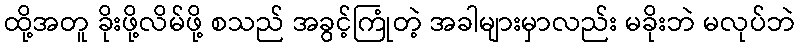
ထို့အတူ ခိုးဖို့လိမ်ဖို့ စသည် အခွင့်ကြုံတဲ့ အခါများမှာလည်း မခိုးဘဲ မလုပ်ဘဲ